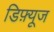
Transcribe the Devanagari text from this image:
डिफ़्यूज